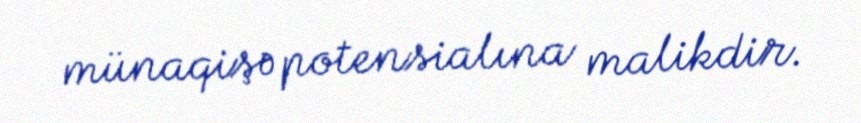
münaqişə potensialına malikdir.